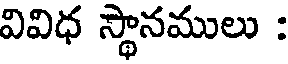
వివిధ స్థానములు :